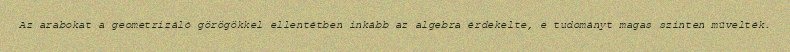
Az arabokat a geometrizáló görögökkel ellentétben inkább az algebra érdekelte, e tudományt magas szinten művelték.